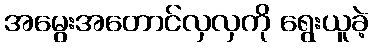
အမွေးအတောင်လှလှကို ရွေးယူခဲ့